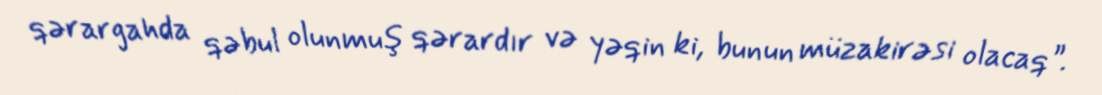
qərargahda qəbul olunmuş qərardır və yəqin ki, bunun müzakirəsi olacaq”.